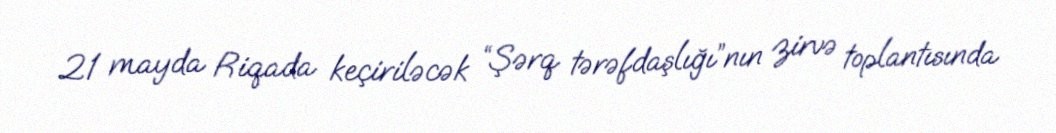
21 mayda Riqada keçiriləcək “Şərq tərəfdaşlığı”nın zirvə toplantısında